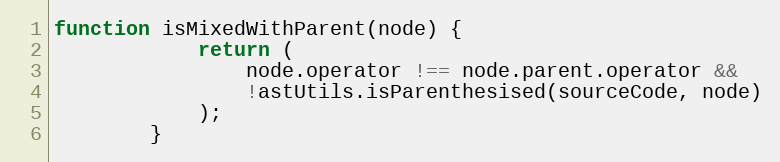
Language: JavaScript
function isMixedWithParent(node) {
            return (
                node.operator !== node.parent.operator &&
                !astUtils.isParenthesised(sourceCode, node)
            );
        }